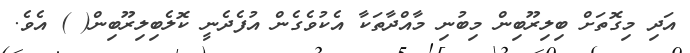
އަދި މިގޮތަށް ބިލިރޫބިން މިބުނި މާއްދާތަކާ އެކުވެގެން އުފެދެނީ ކޮލެބިލިރޫބިން( ) އެވެ.